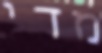
מדי